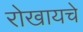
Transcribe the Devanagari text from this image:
रोखायचे